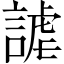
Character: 謔